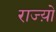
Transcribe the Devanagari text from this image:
राज्य़ो